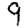
Digit: 9